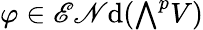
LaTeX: \varphi\in\operatorname{\mathscr{E}\mathscr{N}d}({\textstyle\bigwedge}^{p}V)